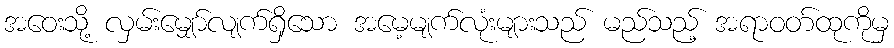
အဝေးသို့ လှမ်းမျှော်လျက်ရှိသော အမေ့မျက်လုံးများသည် မည်သည့် အရာဝတ်ထုကိုမှ